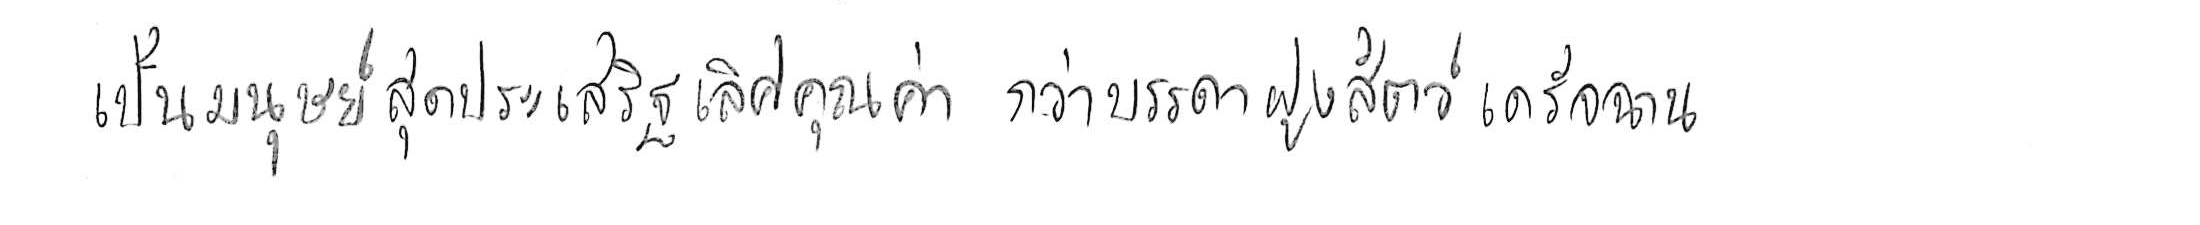
เป็นมนุษย์สุดประเสริฐเลิศคุณค่า กว่าบรรดาฝูงสัตว์เดรัจฉาน